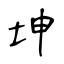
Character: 坤